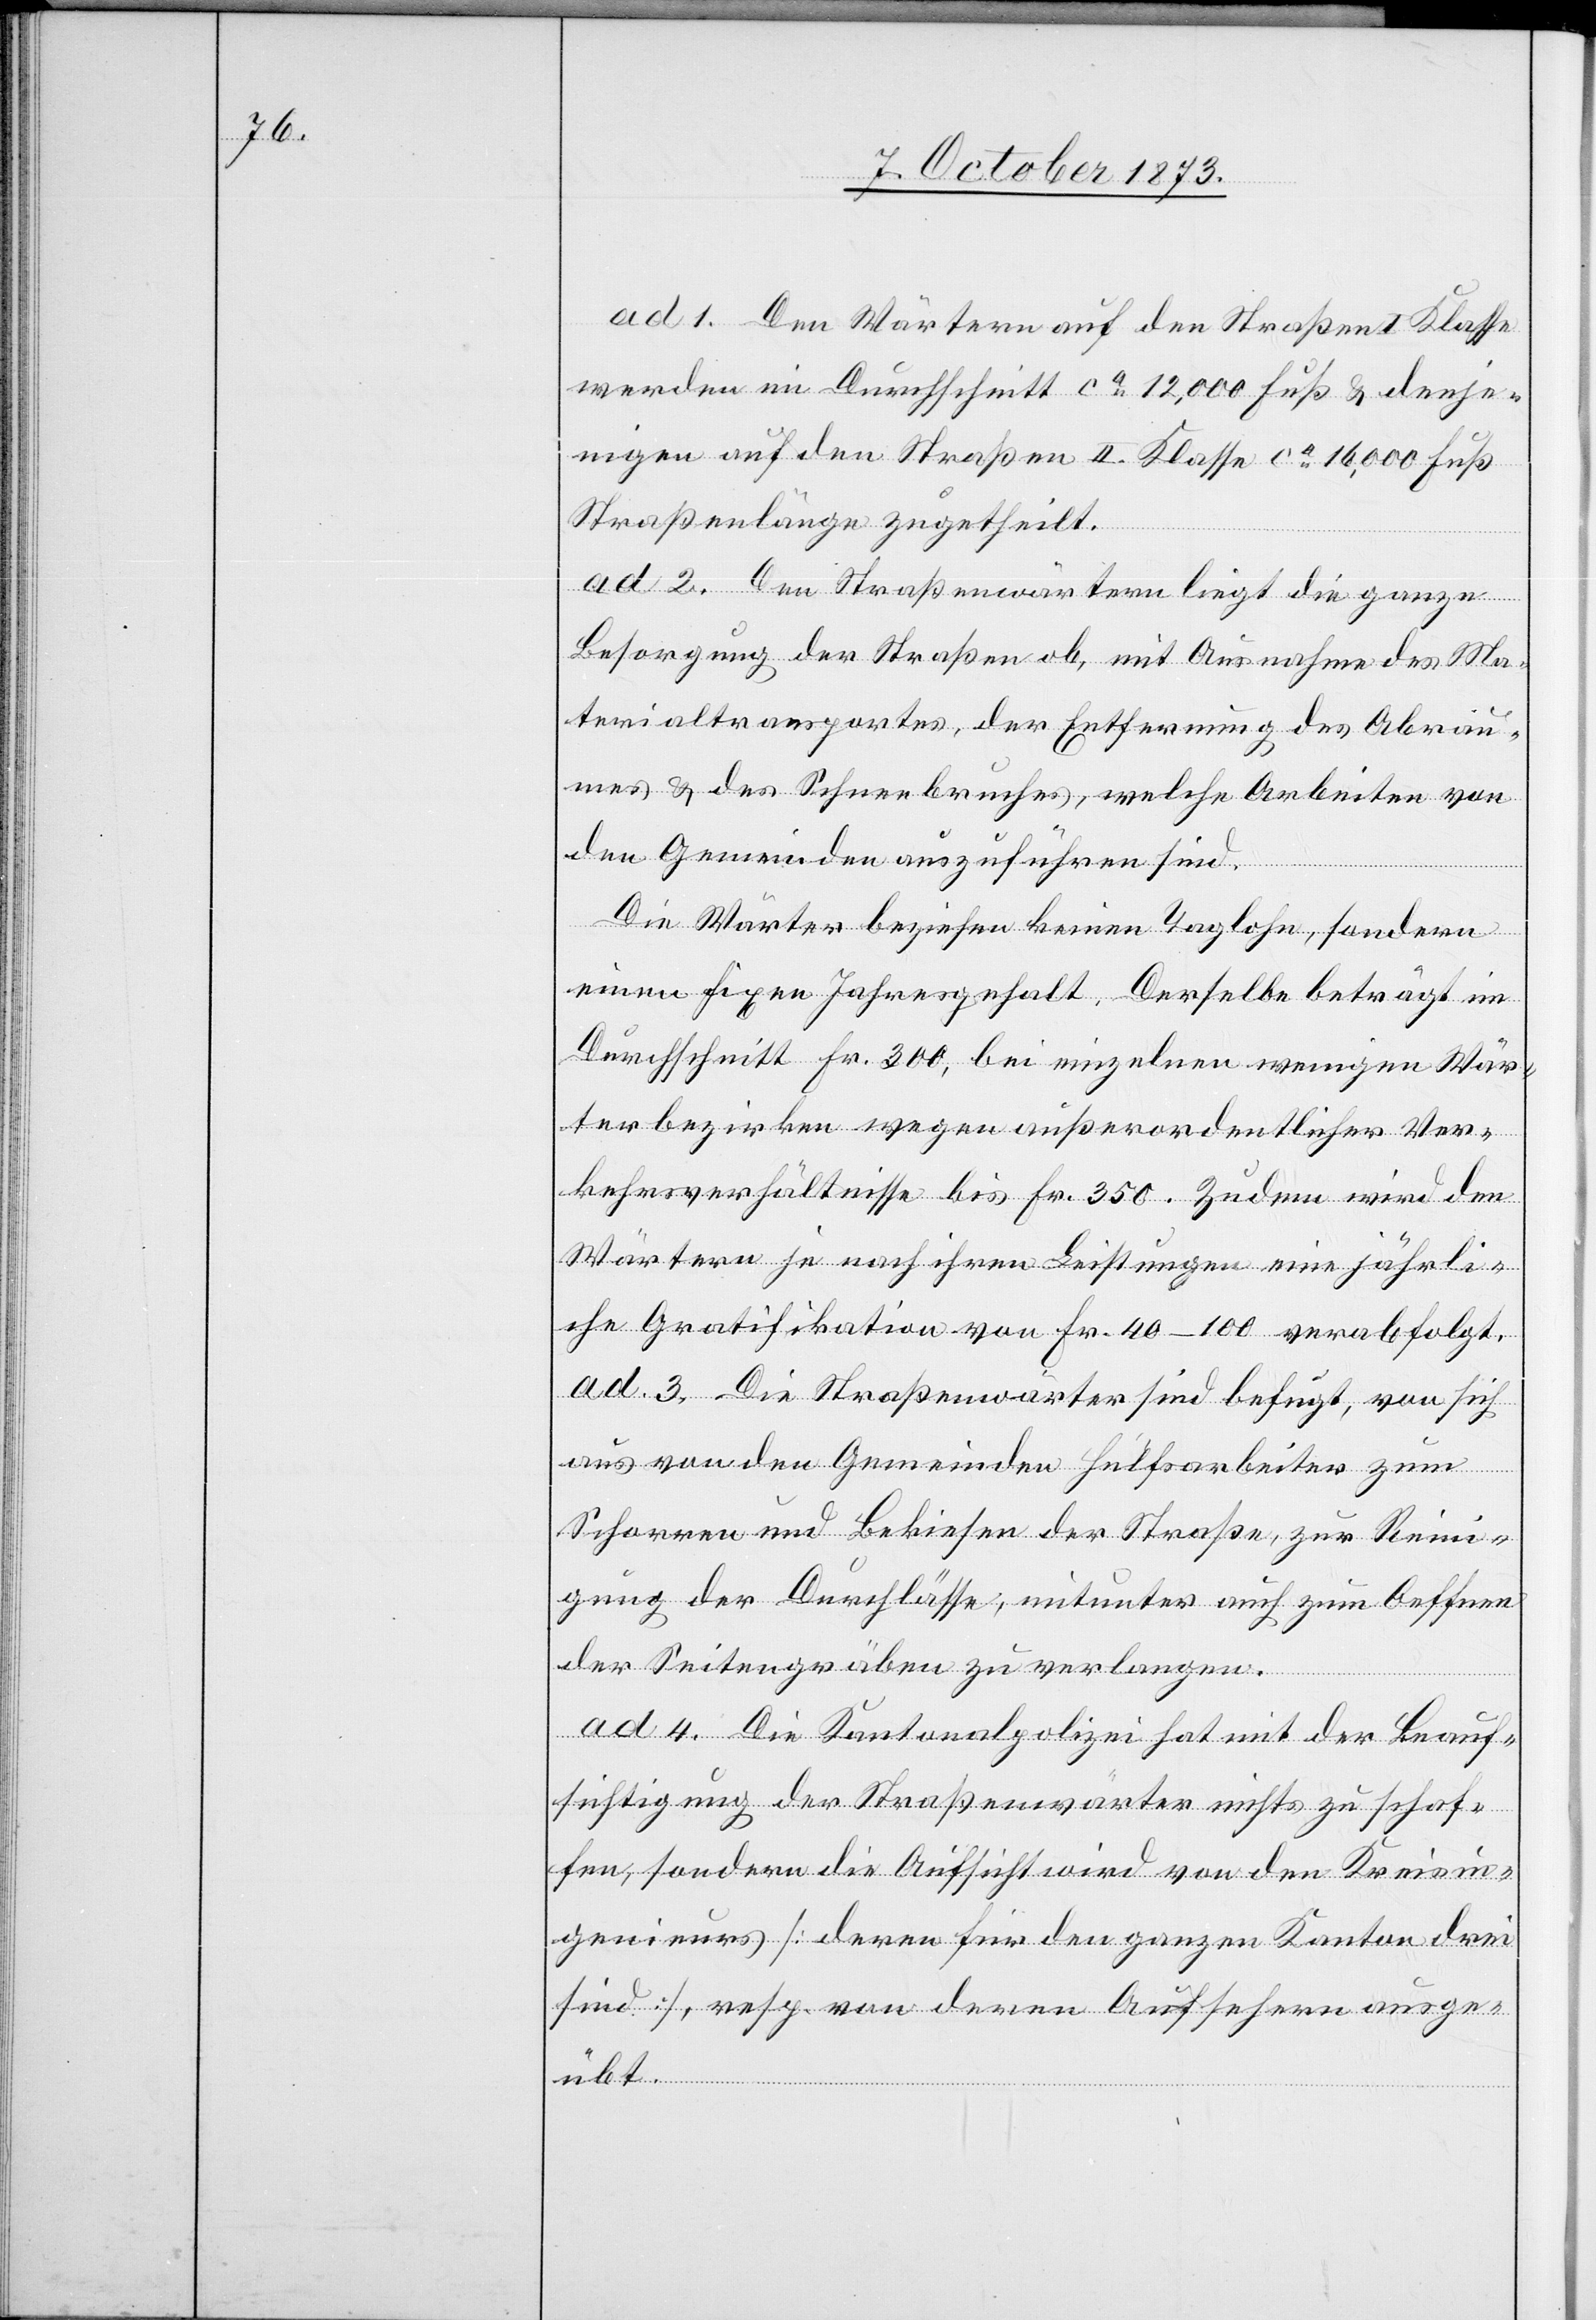
ad 1. Den Wärtern auf den Straßen I. Klasse
werden im Durchschnitt ca 12,000 Fuß & denje¬
nigen auf den Straßen II. Klasse ca 16,000 Fuß
Straßenlänge zugetheilt.
ad 2. Den Straßenwärtern liegt die ganze
Besorgung der Straßen ob, mit Ausnahme des Ma¬
terialtransportes, der Entfernung des Abrau¬
mes & des Schneebruches, welche Arbeiten von
den Gemeinden auszuführen sind.
Die Wärter beziehen keinen Taglohn, sondern
einen fixen Jahresgehalt. Derselbe beträgt im
Durchschnitt Fr. 300, bei einzelnen wenigen Wär¬
terbezirken wegen außerordentlicher Ver¬
kehrsverhältnisse bis Fr. 350. Zudem wird den
Wärtern je nach ihren Leistungen eine jährli¬
che Gratifikation von Fr. 40–100 verabfolgt.
ad 3. Die Straßenwärter sind befugt, von sich
aus von den Gemeinden Hülfsarbeiter zum
Schorren und Bekiesen der Straße, zur Reini¬
gung der Durchlässe, mitunter auch zum Oeffnen
der Seitengräben zu verlangen.
ad 4. Die Kantonalpolizei hat mit der Beauf¬
sichtigung der Straßenwärter nichts zu schaf¬
fen, sondern die Aufsicht wird von den Kreisin¬
genieurs [deren für den ganzen Kanton drei
sind], resp. von deren Aufsehern ausge¬
übt.